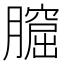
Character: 𦡆